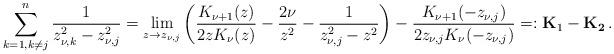
LaTeX: \begin{align*} \sum_{{k=1,k\neq j}}^n\dfrac{1}{z_{\nu,k}^2-z_{\nu,j}^2}=\lim_{z\to z_{\nu,j}}\left(\dfrac{K_{\nu+1}(z)}{2zK_\nu(z)}-\dfrac{2\nu}{z^2}-\dfrac{1}{z_{\nu,j}^2-z^2} \right)-\dfrac{K_{\nu+1}(-z_{\nu,j})}{2z_{\nu,j}K_\nu(-z_{\nu,j})}=:\mathbf{K}_1-\mathbf{K_2}\,.\end{align*}